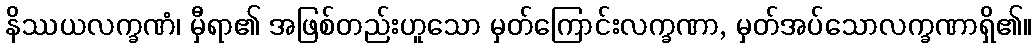
နိဿယလက္ခဏံ၊ မှီရာ၏ အဖြစ်တည်းဟူသော မှတ်ကြောင်းလက္ခဏာ, မှတ်အပ်သောလက္ခဏာရှိ၏။